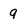
Character: 9